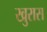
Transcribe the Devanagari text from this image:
खुरास